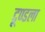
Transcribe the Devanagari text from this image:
टूण्‍डला